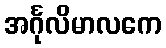
အင်္ဂုလိမာလကေ